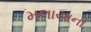
મલાયાની